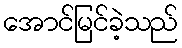
အောင်မြင်ခဲ့သည်